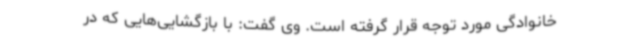
خانوادگی مورد توجه قرار گرفته است. وی گفت: با بازگشایی‌هایی که در